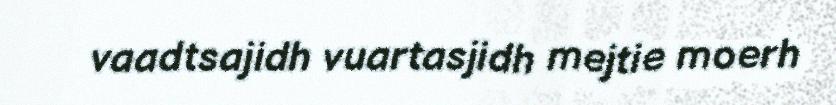
vaadtsajidh vuartasjidh mejtie moerh